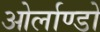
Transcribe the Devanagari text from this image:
ओर्लाण्डो